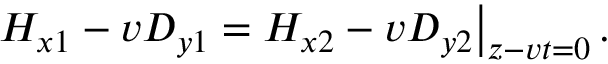
\left. H _ { x 1 } - v D _ { y 1 } = H _ { x 2 } - v D _ { y 2 } \right| _ { z - v t = 0 } .